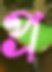
প্র